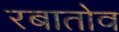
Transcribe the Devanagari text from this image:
रबातोव